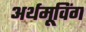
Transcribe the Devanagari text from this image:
अर्थमूविंग